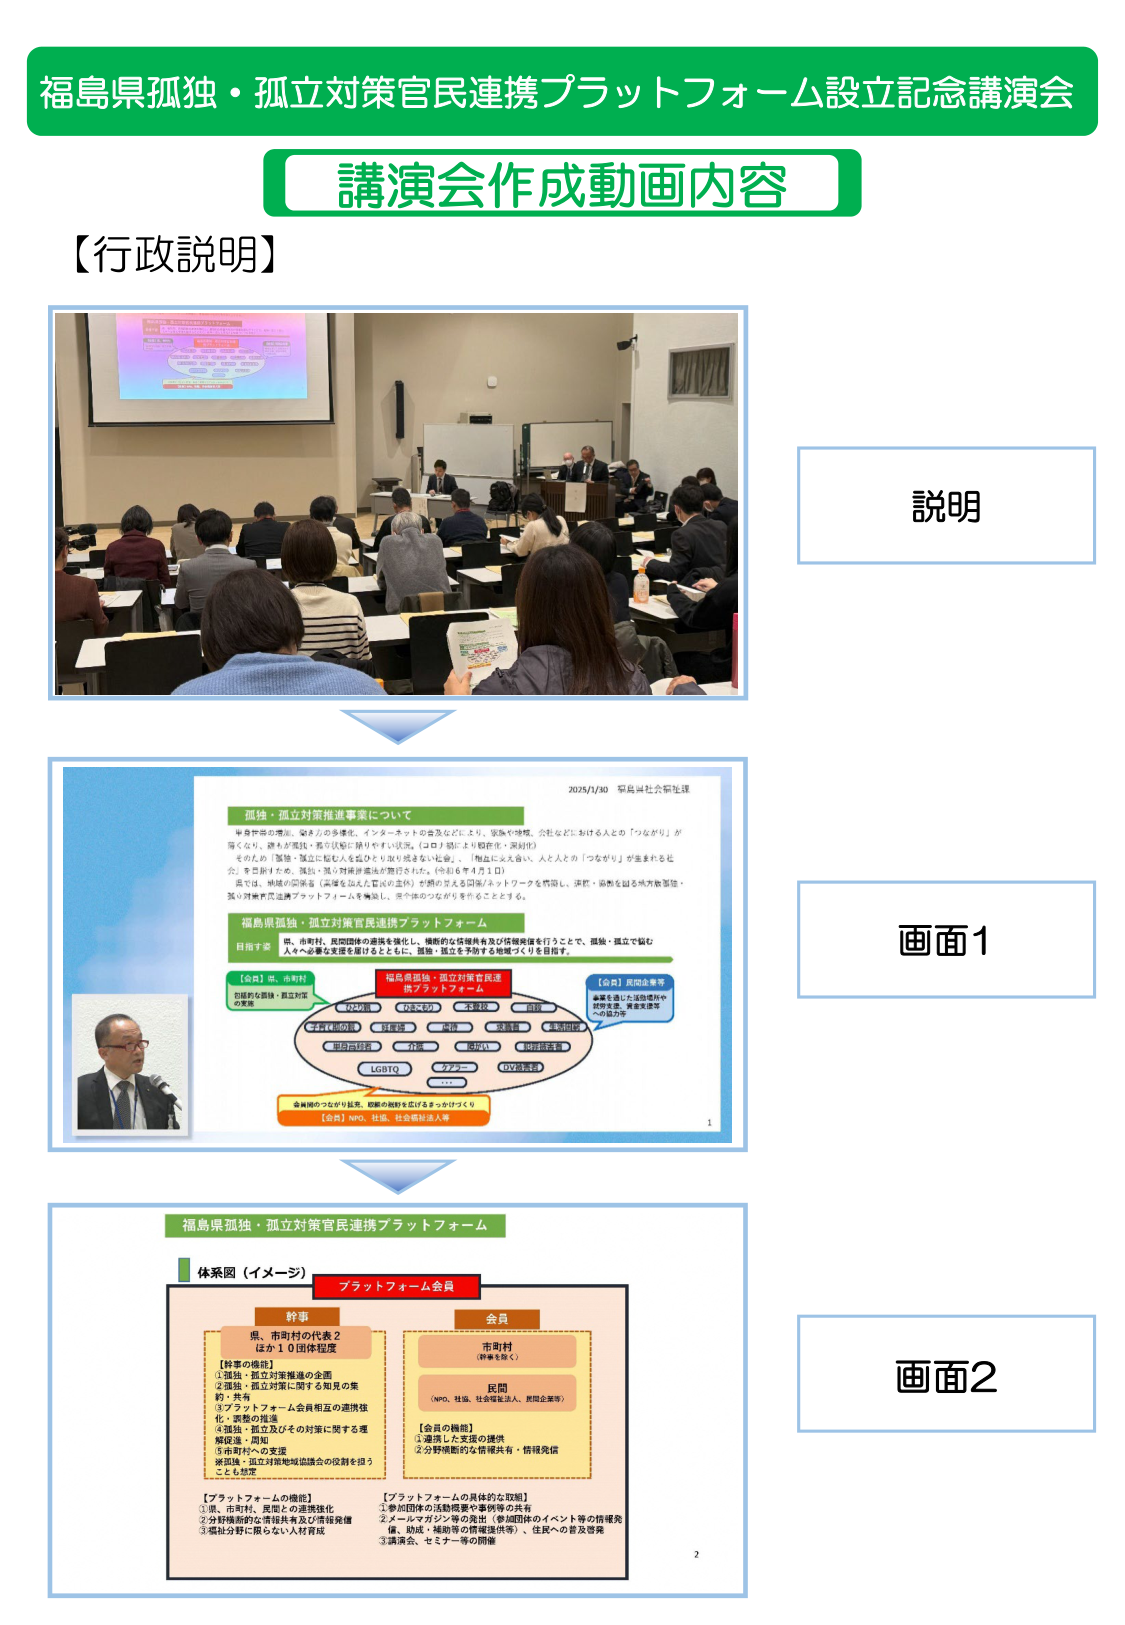
福島県孤独・孤立対策官民連携プラットフォーム設立記念講演会
講演会作成動画内容
【行政説明】
説明
画面1
2025/1/30 福島県社会福祉課
孤独・孤立対策推進事業について
単身世帯の増加、働き方の多様化、インターネットの普及などにより、家族や地域、会社などにおける人との「つながり」が薄くなり、誰もが孤独・孤立に陥りやすくなっています。（コロナ禍により孤立化・深刻化）
そのため、「孤独・孤立に悩む人を孤立や自殺に陥らせない社会」、「孤立に見えない、人と人との「つながり」が生まれる社会」を目指すため、孤独・孤立対策推進法が施行されました。（令和６年４月１日）
県では、地域の関係者（異業種を加えた官民の主体）が横の見える円卓/ネットワークを構築し、連携・協働を図る地方版孤独・孤立対策官民連携プラットフォームを構築し、市町体のつながりを作ることとする。
福島県孤独・孤立対策官民連携プラットフォーム
目指す姿
県、市町村、民間団体の連携を強化し、横断的な情報共有及び情報発信を行うことで、孤独・孤立で悩む人へ必要な支援を届けるとともに、孤独・孤立を予防する地域づくりを目指す。
【会員】県、市町村
包括的な孤独・孤立対策の実施
福島県孤独・孤立対策官民連携プラットフォーム
【会員】民間企業等
事業を通じた活動連携や災害支援、資金支援等の協力等
ひきこもり
不登校
障がい
LGBTQ
タブー
40代以上独身
…
【会員】NPO、社協、社会福祉法人等
会員間のつながり拡充、関係の強化を広げるきっかけづくり
1
画面2
福島県孤独・孤立対策官民連携プラットフォーム
体系図（イメージ）
プラットフォーム会員
幹事
県、市町村の代表２
ほか１０団体程度
【幹事の機能】
①孤独・孤立対策推進の企画
②孤独・孤立対策に関する知見の集約・共有
③プラットフォーム会員相互の連携強化・課題の推進
④孤独・孤立及びその対策に関する理解促進・周知
⑤市町村への支援
※関係・孤立対策地域協議会の役割を担うことも想定
【プラットフォームの機能】
①県、市町村、民間との連携強化
②分野横断的な情報共有及び情報発信
③福祉分野に限らない人材育成
会員
市町村
（幹事を除く）
民間
（NPO、社協、社会福祉法人、民間企業等）
【会員の機能】
①連携した支援の提供
②分野横断的な情報共有・情報発信
【プラットフォームの具体的な取組】
①参加団体の活動概要や事例等の共有
②メールマガジン等の発出（参加団体のイベント等の情報発信、助成・補助等の情報提供等）、住民への普及啓発
③講演会、セミナー等の開催
2